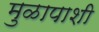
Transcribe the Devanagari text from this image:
मुळापाशी